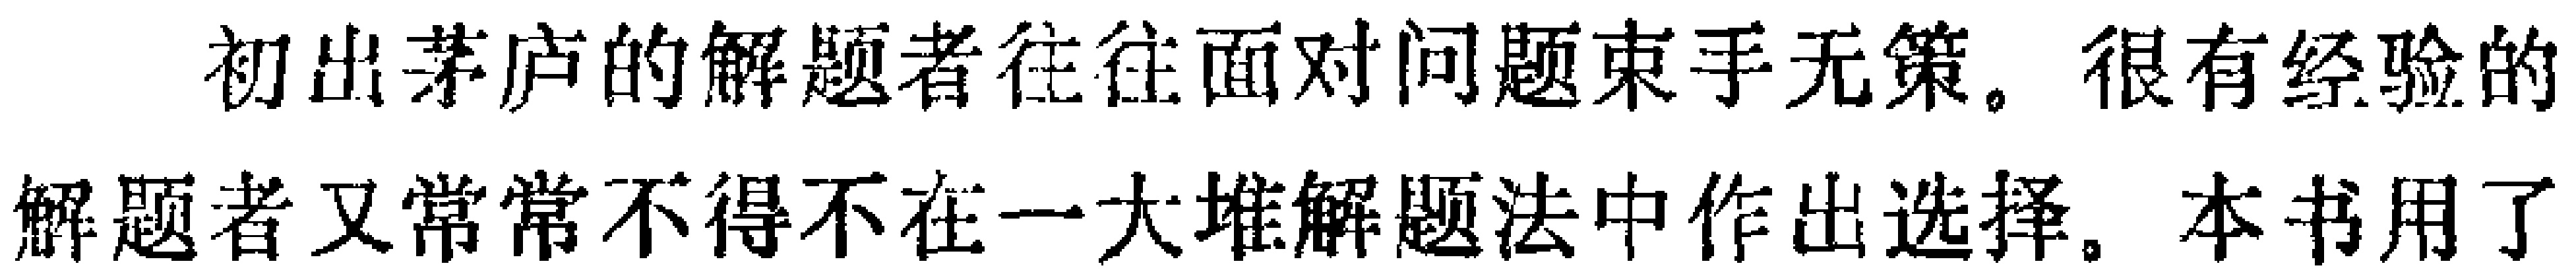
初出茅庐的解题者往往面对问题束手无策。很有经验的解题者又常常不得不在一大堆解题法中作出选择。本书用了